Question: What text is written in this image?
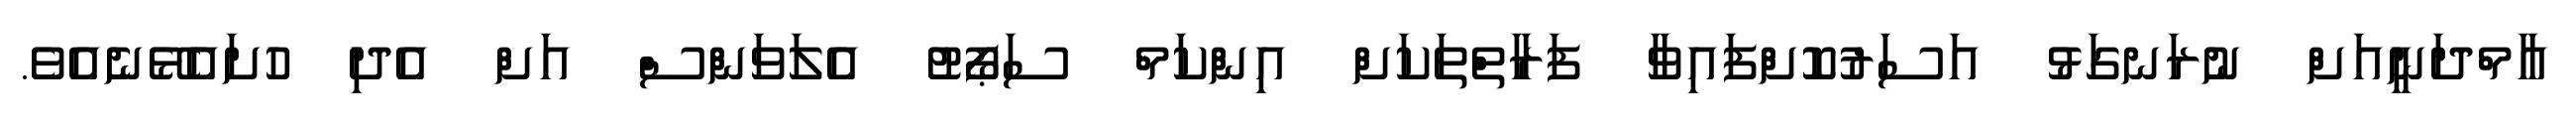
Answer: އާމްދަނީއަށް ނުރަނގަޅު އަސަރުކޮށްފައިވާ ފަރާތްތަކަށް އިންކަމް ސަޕޯޓު އެލަވަންސް އަށް އެދި ހުށައެޅޭނެއެވެ.